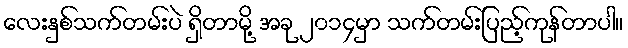
လေးနှစ်သက်တမ်းပဲ ရှိတာမို့ အခု ၂၀၁၄မှာ သက်တမ်းပြည့်ကုန်တာပါ။